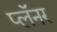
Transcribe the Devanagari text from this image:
प्लॅनर